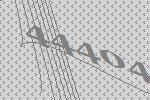
44404